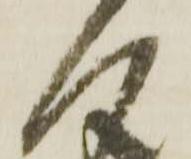
へ